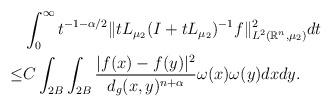
LaTeX: \begin{align*}&\int_0^{\infty}t^{-1-\alpha/2} \|tL_{\mu_2}(I+tL_{\mu_2})^{-1}f\|^2_{L^2(\mathbb{R}^n, \mu_2)}dt\\\leq& C\int_{2B}\int_{2B}\frac{|f(x)-f(y)|^2}{d_g(x,y)^{n+\alpha}}\omega(x)\omega(y)dxdy.\\\end{align*}